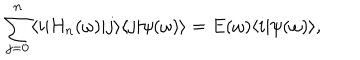
LaTeX: \sum _ { j = 0 } ^ { n } \langle i | H _ { n } ( \omega ) | j \rangle \langle j | \psi ( \omega ) \rangle = E ( \omega ) \langle i | \psi ( \omega ) \rangle ,